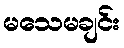
မသေမချင်း